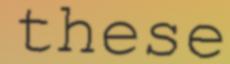
these